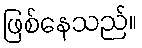
ဖြစ်နေသည်။